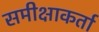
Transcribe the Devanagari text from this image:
समीक्षाकर्ता